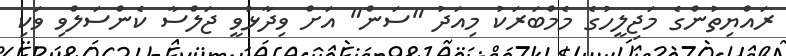
ރައްޔިތުންގެ މަޖިލީހުގެ މެމްބަރަކު މިއަދު "ސަން" އަށް ވިދާޅުވީ ޖަލްސާ ކެންސަލްވި ވަކި